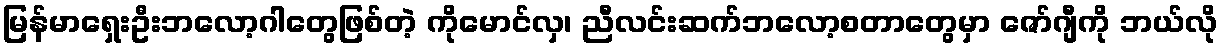
မြန်မာရှေးဦးဘလော့ဂါတွေဖြစ်တဲ့ ကိုမောင်လှ၊ ညီလင်းဆက်ဘလော့စတာတွေမှာ ဇော်ဂျီကို ဘယ်လို